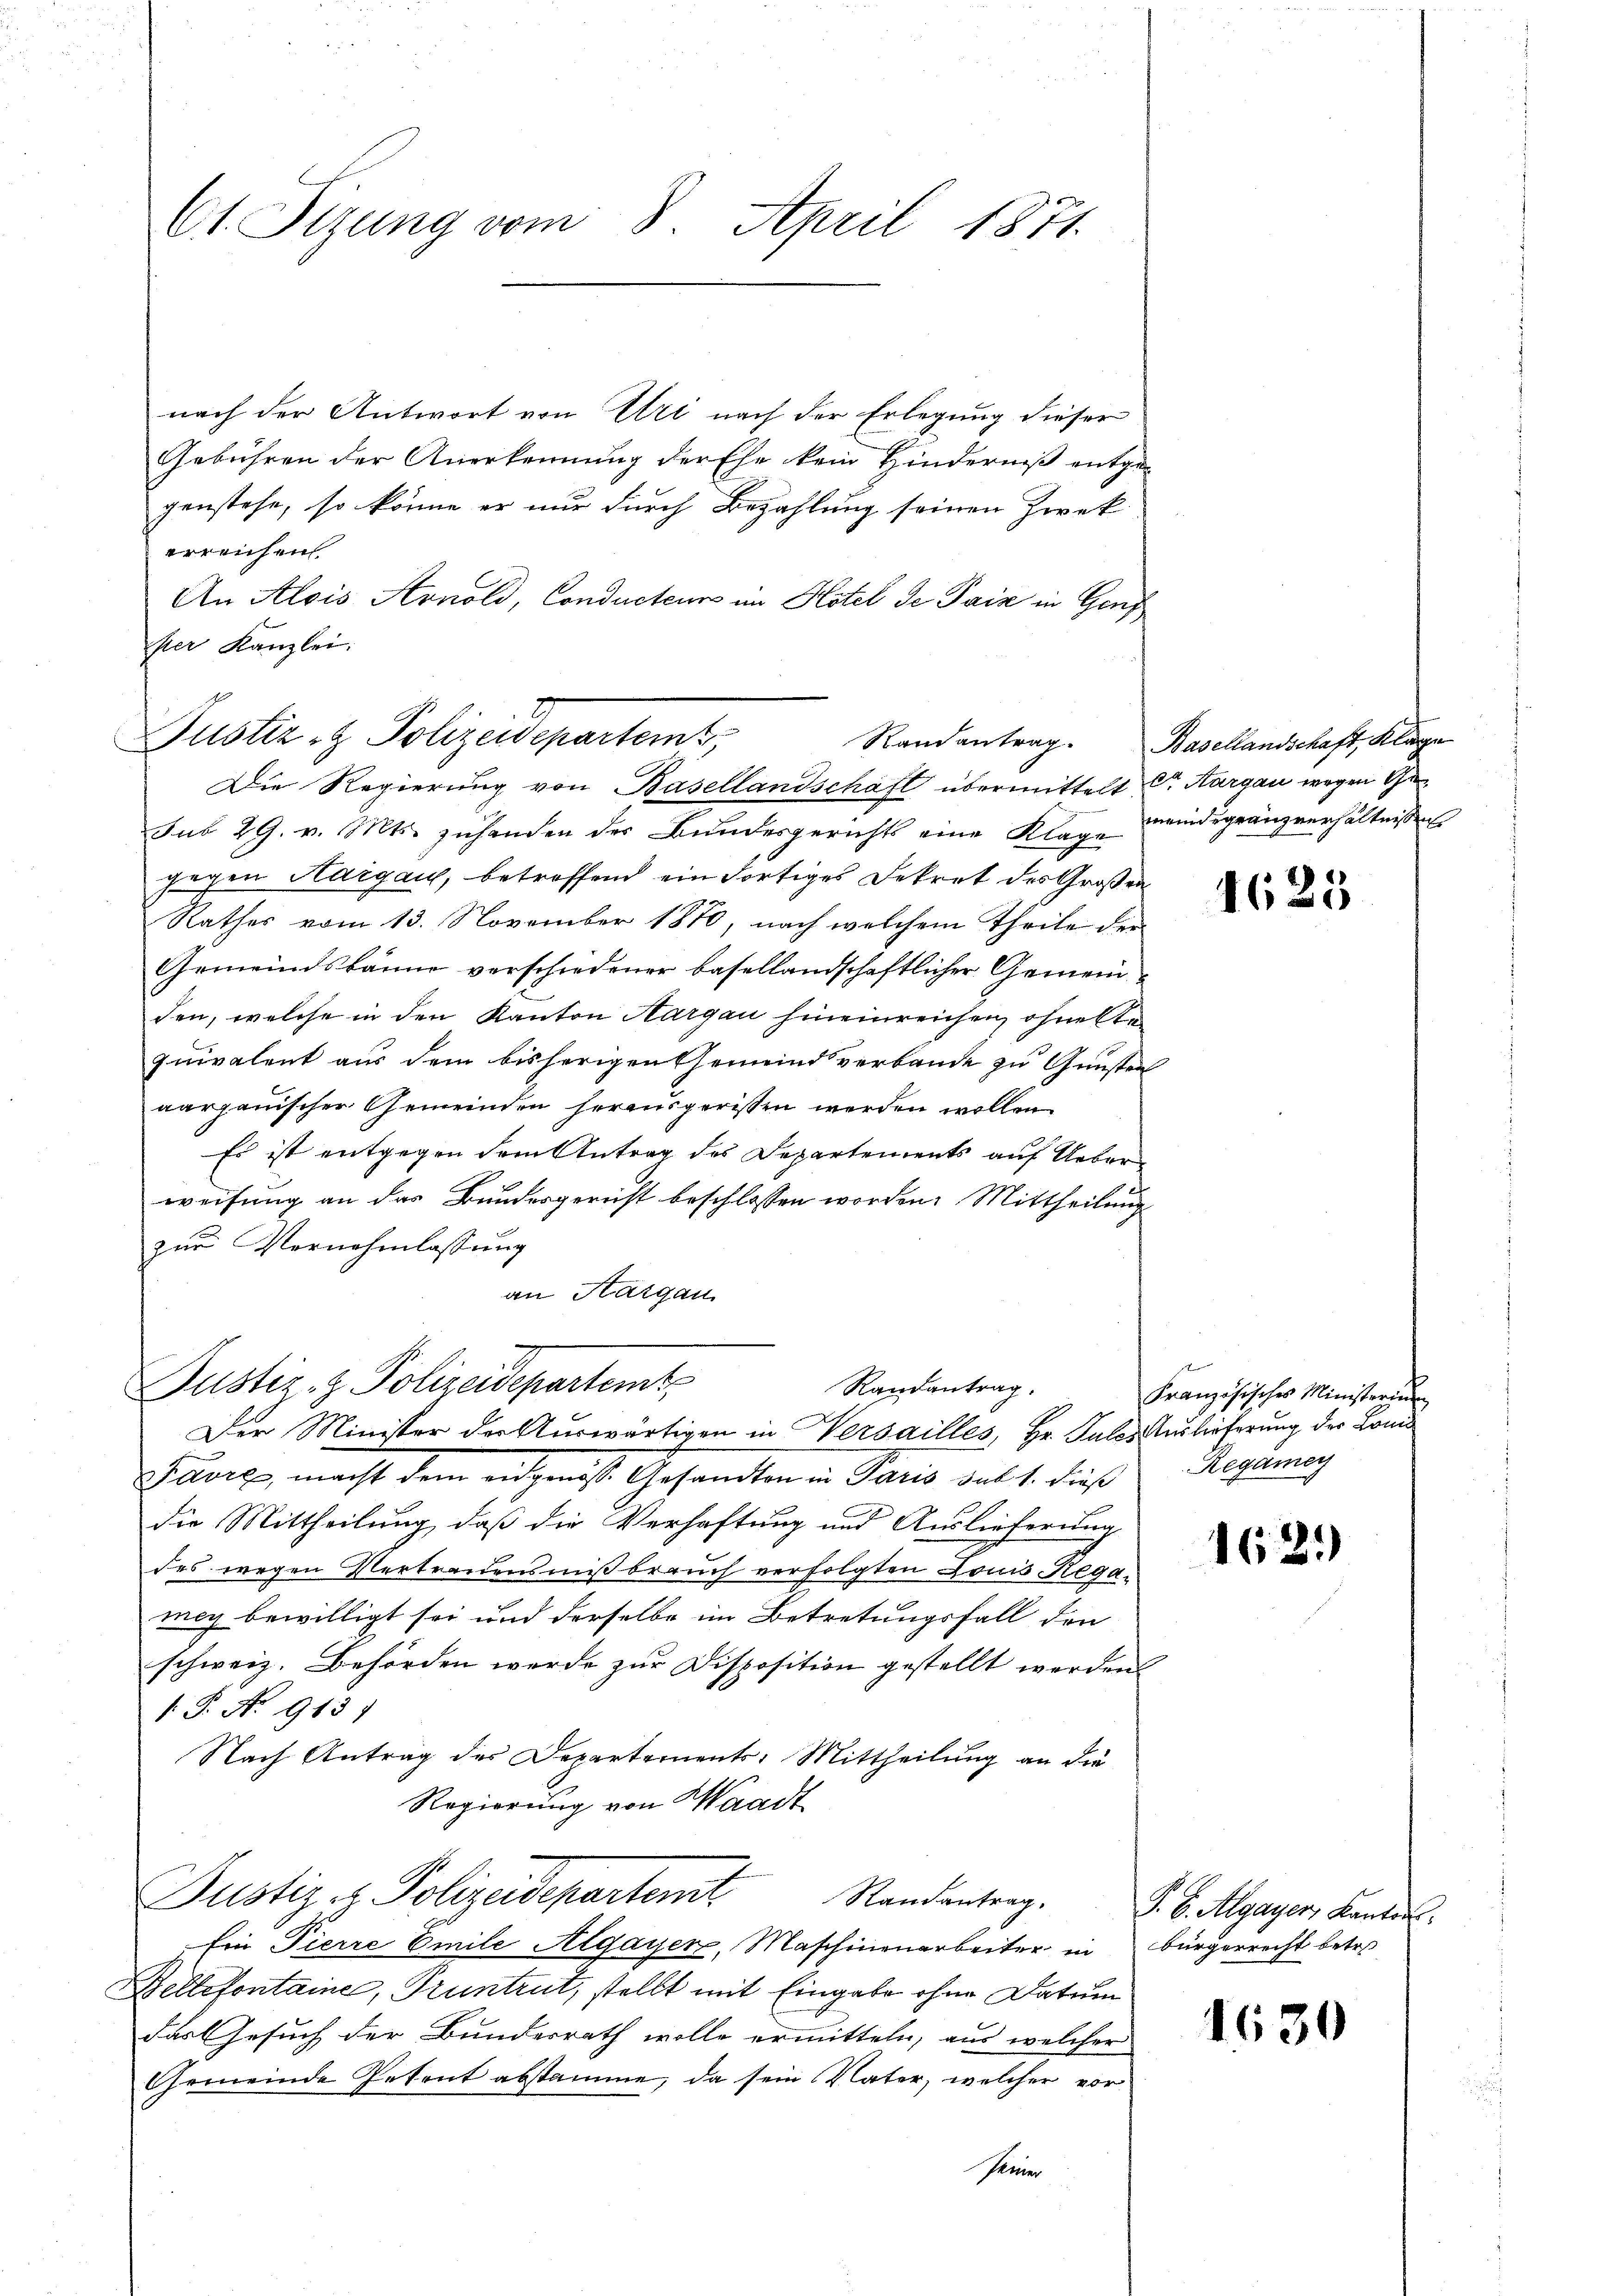
Ct. Sizung vom 8. April 1871.

nach der Antwort von Uri nach der Erlegung dieser
Gebühren der Anerkennung der Ehe kein Hinderniß entgegenstehe, so könne er nur durch Bezahlung seinen Zweckerreichen.
An Alois Arnold, Conducteur im Hotel de Paiz in Genf
per Kanzlei.

Justiz- & Polizeidepartemt;
Randantrag.
Die Regierung von Basellandschaft übermittelt Dr. Aargau wegen Ge¬

sub 29. v. Mts. zuhanden der Bundesgerichts eine Klage meindsgränzverhältnissen
gegen Hargau, betroffend ein fortiges Dekret des Großen
Rathes vom 13. November 1870, nach welchem Theile der
Gemeindsbanne verschiedener basellandschaftlicher Gemeinden, welche in den Kanton Aargau hineinreichen ohnestequivalent aus dem bisherigen Gemeind verbande zu Gunsten
aargauischer Gemeinden herausgerissen werden wollen.
Es ist entgegen dem Antrag des Departements auf Ueberweisung an das Bundesgericht beschlossen worden. Mittheilung
zur Vernehmlassung
an Hargau

Justiz- & Polizeidepartemt
Randantrag.
Der Minister der Auswärtigen in Versailles, Hr. Pulose Auslieferung der Lomi¬

Justiz - Polizeidepartemt Standentrag. S. B. Agayer, Kanton
Ein Pierre Emile Algayer, Maschinenarbeiter in Bürgerrecht betre

Parx, macht dem entgeist Gesandten in Paris dass dies
die Mittheilung, daß die Verhaftung und Auslieferung
des wegen Vertrauensmißbrauch verfolgten Louis Regamey bewilligt sei und derselbe im Betretungsfall den
schweiz. Behörden werde zur Disposition gestellt werden
.P. No 913)
Nach Antrag des Departements-Mittheilung an die
Regierung von Waadt

Bellefontaine, Truntrut, stellt mit Eingabe ohne Datum
das Gesuch der Bundesrath wolle ermitteln, aus welcher
Gemeinde Petent abstamme, da sein Vater, welcher vor
seiner

Basellandschaft, Kläge

4625

e
Französisches Ministerin
Regamey

162.

.

1630